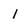
Character: i